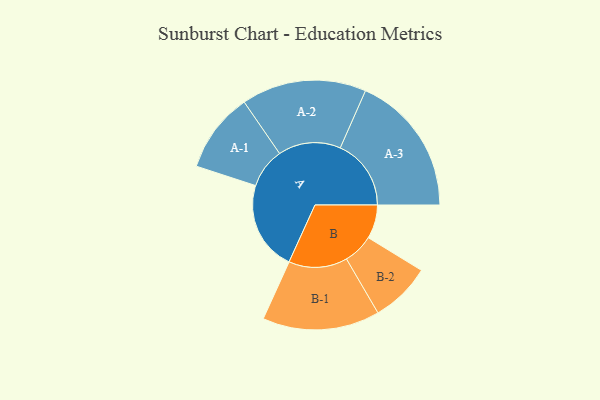
{"axis": {"x": "Segment", "y": "Value"}, "legend": ["", "A", "B"], "data": [{"x": "A", "y": 374, "type": ""}, {"x": "B", "y": 141, "type": ""}, {"x": "A-1", "y": 167, "type": "A"}, {"x": "A-2", "y": 261, "type": "A"}, {"x": "A-3", "y": 296, "type": "A"}, {"x": "B-1", "y": 245, "type": "B"}, {"x": "B-2", "y": 126, "type": "B"}]}